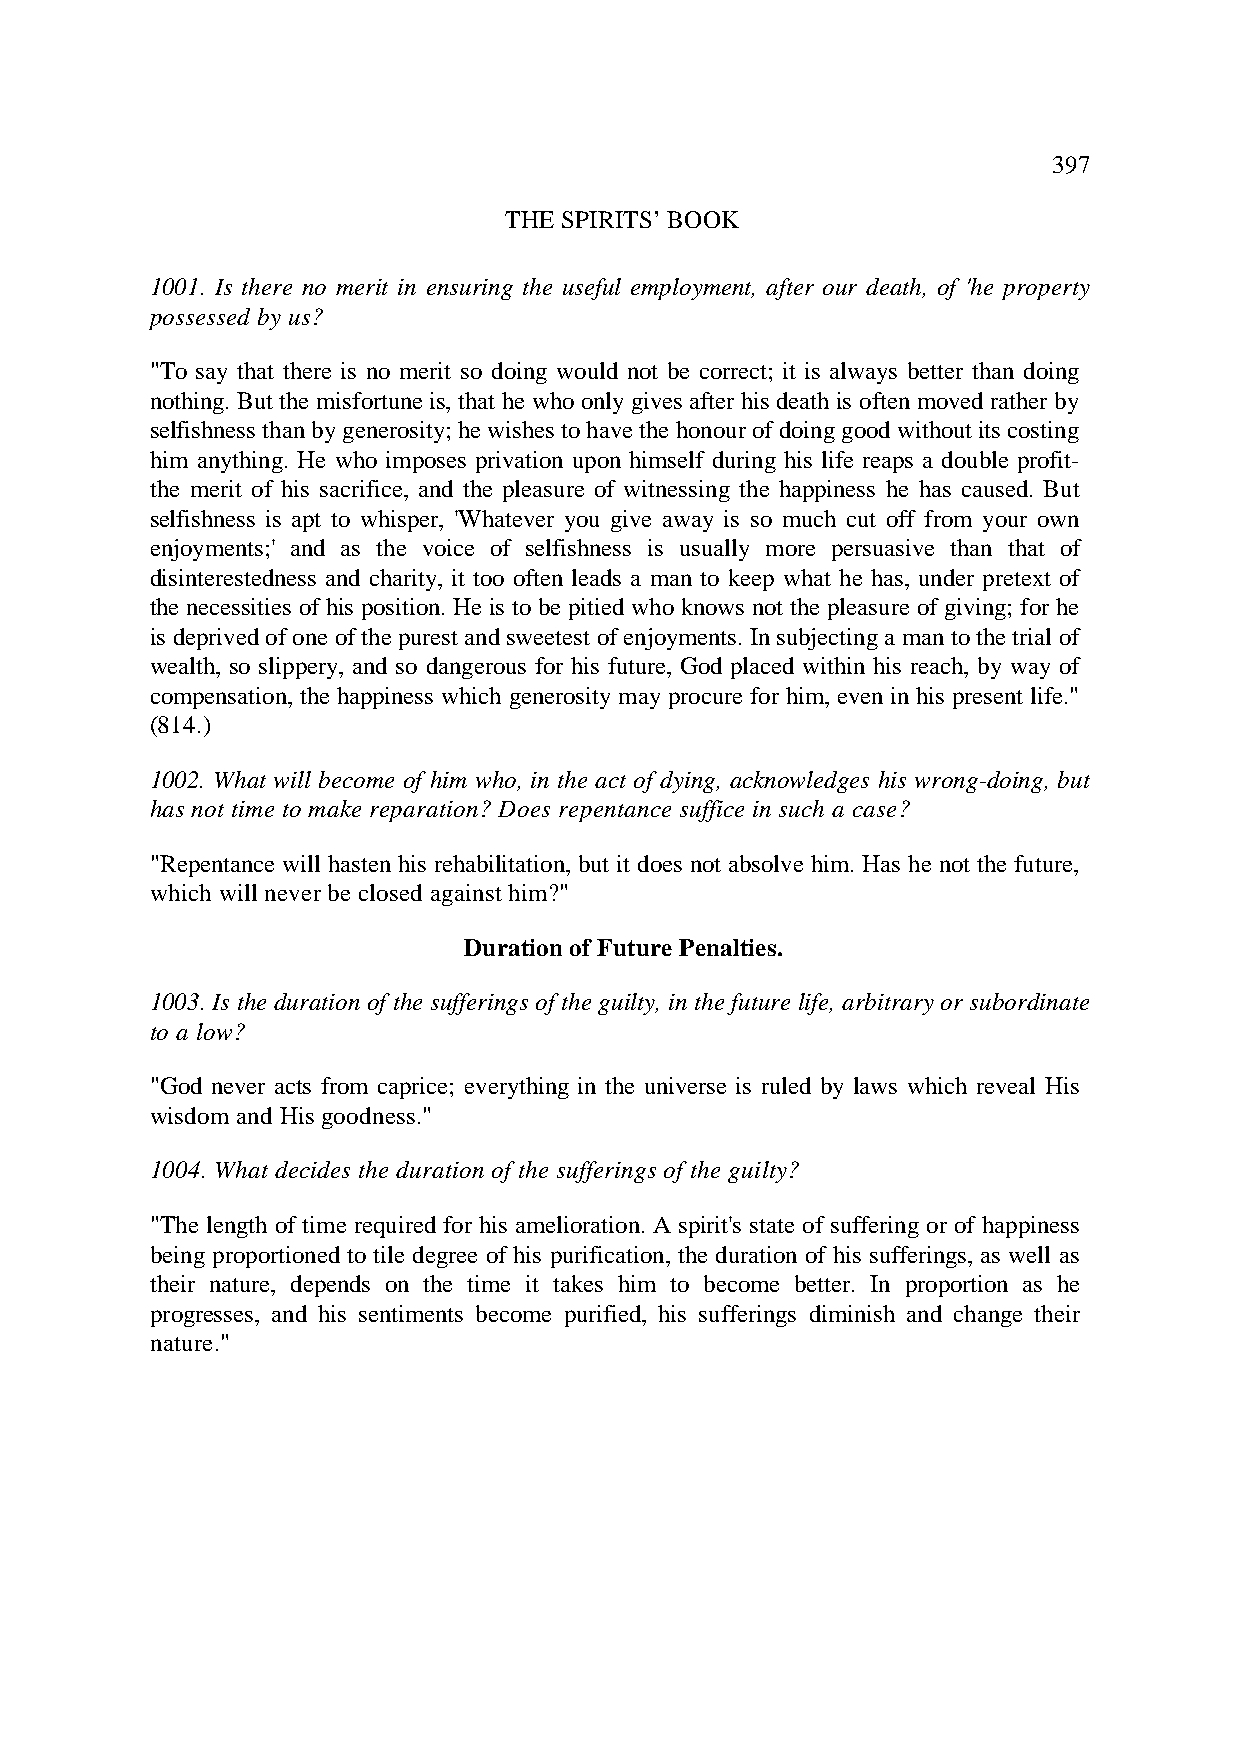
397
 THE SPIRITS’ BOOK
 1001. Is there no merit in ensuring the useful employment, after our death, of 'he property
 possessed by us?
 "To say that there is no merit so doing would not be correct; it is always better than doing
 nothing. But the misfortune is, that he who only gives after his death is often moved rather by
 selfishness than by generosity; he wishes to have the honour of doing good without its costing
 him anything. He who imposes privation upon himself during his life reaps a double profit-
 the merit of his sacrifice, and the pleasure of witnessing the happiness he has caused. But
 selfishness is apt to whisper, 'Whatever you give away is so much cut off from your own
 enjoyments;' and as the voice of selfishness is usually more persuasive than that of
 disinterestedness and charity, it too often leads a man to keep what he has, under pretext of
 the necessities of his position. He is to be pitied who knows not the pleasure of giving; for he
 is deprived of one of the purest and sweetest of enjoyments. In subjecting a man to the trial of
 wealth, so slippery, and so dangerous for his future, God placed within his reach, by way of
 compensation, the happiness which generosity may procure for him, even in his present life."
 (814.)
 1002. What will become of him who, in the act of dying, acknowledges his wrong-doing, but
 has not time to make reparation? Does repentance suffice in such a case?
 "Repentance will hasten his rehabilitation, but it does not absolve him. Has he not the future,
 which will never be closed against him?"
 Duration of Future Penalties.
 1003. Is the duration of the sufferings of the guilty, in the future life, arbitrary or subordinate
 to a low?
 "God never acts from caprice; everything in the universe is ruled by laws which reveal His
 wisdom and His goodness."
 1004. What decides the duration of the sufferings of the guilty?
 "The length of time required for his amelioration. A spirit's state of suffering or of happiness
 being proportioned to tile degree of his purification, the duration of his sufferings, as well as
 their nature, depends on the time it takes him to become better. In proportion as he
 progresses, and his sentiments become purified, his sufferings diminish and change their
 nature."